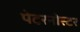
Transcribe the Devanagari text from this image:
पेटरनोस्टर